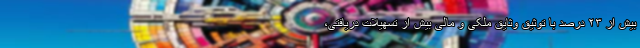
بیش از ٢٣ درصد با توثیق وثایق ملکی و مالی بیش از تسهیلات دریافتی،